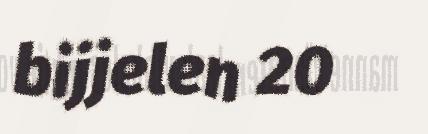
bijjelen 20